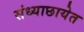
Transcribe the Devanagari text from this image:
संध्याछायेत